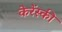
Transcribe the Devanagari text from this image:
केरेंस्की